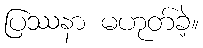
ပြဿနာ မဟုတ်ခဲ့။